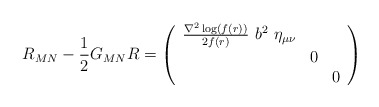
\begin{align*}R_{MN}-\frac{1}{2}G_{MN}R=\left(\begin{array}{ccc}\frac{\nabla^{2}\log(f(r))}{2f(r)}~b^2~\eta_{\mu \nu}&~&~\\~&0&~\\~&~&0\end{array}\right)\end{align*}